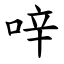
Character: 㖕